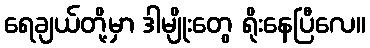
ရေချယ်တို့မှာ ဒါမျိုးတွေ ရိုးနေပြီလေ။